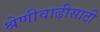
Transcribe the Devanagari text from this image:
श्रेणीवाढीसाठी